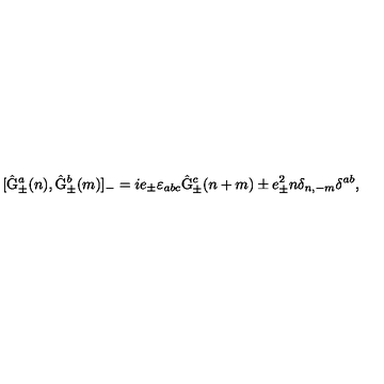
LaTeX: [ \hat { \mathrm { G } } _ { \pm } ^ { a } ( n ) , \hat { \mathrm { G } } _ { \pm } ^ { b } ( m ) ] _ { - } = i e _ { \pm } { \varepsilon } _ { a b c } \hat { \mathrm { G } } _ { \pm } ^ { c } ( n + m ) \pm e _ { \pm } ^ { 2 } n \delta _ { n , - m } \delta ^ { a b } , \,